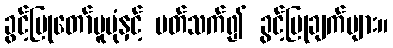
ခွင့်ပြုတော်မူပုံနှင့် ပတ်သက်၍ ခွင့်ပြုချက်များ။